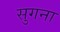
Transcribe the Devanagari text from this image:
सुगना